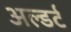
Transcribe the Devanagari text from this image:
अल्डर्ट